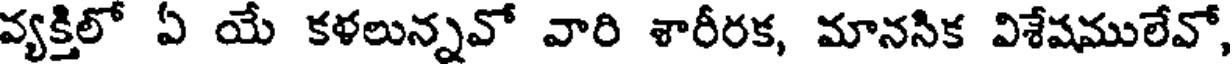
వ్యక్తిలో ఏ యే కళలున్నవో వారి శారీరక, మానసిక విశేషములేవో,